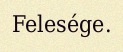
Felesége.